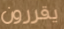
يقررون